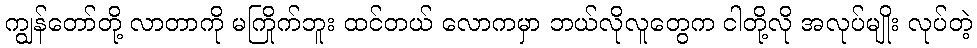
ကျွန်တော်တို့ လာတာကို မကြိုက်ဘူး ထင်တယ် လောကမှာ ဘယ်လိုလူတွေက ငါတို့လို အလုပ်မျိုး လုပ်တဲ့